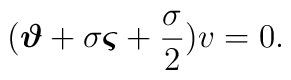
(\mbox{\boldmath$\vartheta$}+\sigma\mbox{\boldmath$\varsigma$}+\frac{\sigma}{2})v=0.